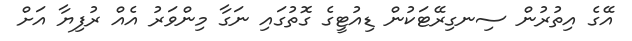
އޭގެ އިތުރުން ސިނގިރޭޓަކުން ޑިއުޓީގެ ގޮތުގައި ނަގާ މިންވަރު އެއް ރުފިޔާ އަށް